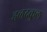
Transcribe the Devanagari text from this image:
हळदकुल